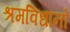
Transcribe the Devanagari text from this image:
श्रमविधानों